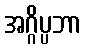
အဂ္ဂိပ္ပဘာ